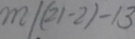
m \vert ( 2 1 - 2 ) - 1 3